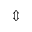
\Updownarrow